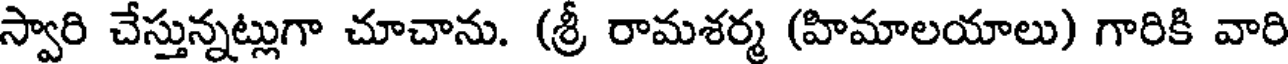
స్వారి చేస్తున్నట్లుగా చూచాను. (శ్రీ రామశర్మ (హిమాలయాలు) గారికి వారి